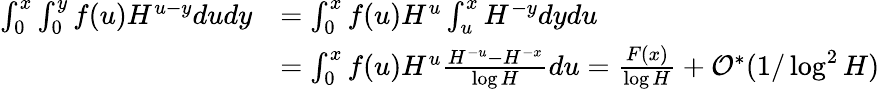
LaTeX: \begin{array}{rl}{\int_{0}^{x}\int_{0}^{y}f(u)H^{u-y}dudy}&{=\int_{0}^{x}f(u)H^{u}\int_{u}^{x}H^{-y}dydu}\\ &{=\int_{0}^{x}f(u)H^{u}\frac{H^{-u}-H^{-x}}{\log H}du=\frac{F(x)}{\log H}+\mathcal{O}^{*}(1/\log^{2}H)}\end{array}